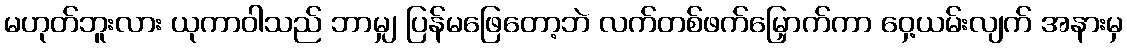
မဟုတ်ဘူးလား ယုကာဝါသည် ဘာမျှ ပြန်မဖြေတော့ဘဲ လက်တစ်ဖက်မြှောက်ကာ ဝှေ့ယမ်းလျက် အနားမှ